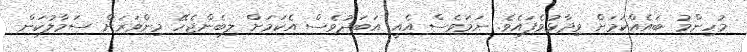
މުހިންމު ބައެއްކަމަށް ވިދާޅުވެފައެވެ. ނަމަވެސް އެއީ އަބަދުވެސް އެކަމަށް ލިބެންޖެހޭ މިންވަރަށް ސަމާލުކަން